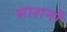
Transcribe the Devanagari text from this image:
साशनों